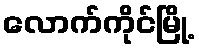
လောက်ကိုင်မြို့